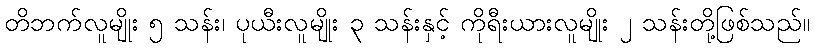
တိဘက်လူမျိုး ၅ သန်း၊ ပုယီးလူမျိုး ၃ သန်းနှင့် ကိုရီးယားလူမျိုး ၂ သန်းတို့ဖြစ်သည်။